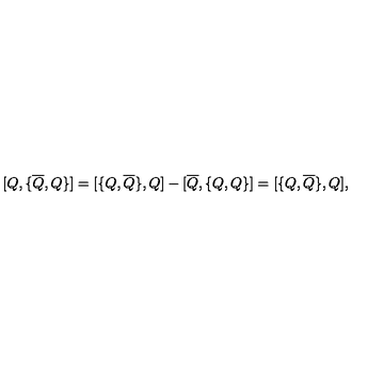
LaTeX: { [ } Q , { \{ } \overline { { Q } } , Q { \} } { ] } = { [ } { \{ } Q , \overline { { Q } } { \} } , Q { ] } - { [ } \overline { { Q } } , { \{ } Q , Q { \} } { ] } = { [ } { \{ } Q , \overline { { Q } } { \} } , Q { ] } ,